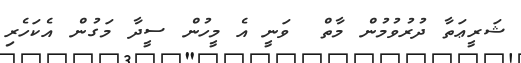
ޝަރީޢަތާ ދުރުވުމުން މާތް  ވަނީ އެ މީހުން ސީދާ މަގުން އެކަހެރި